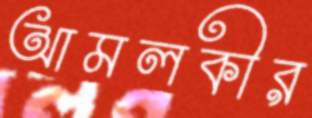
আমলকীর